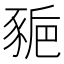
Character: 𧱒